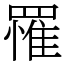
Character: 罹